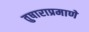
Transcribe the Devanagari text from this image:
तुषाराप्रमाणे